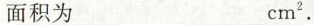
面积为 ___ cm^{2}。